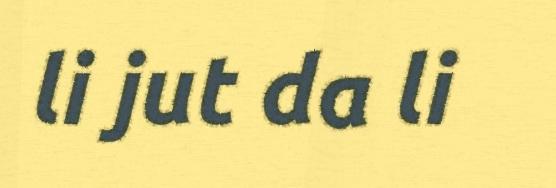
li jut da li